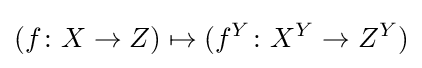
(f\colon X\to Z)\mapsto (f^{Y}\colon X^{Y}\to Z^{Y})